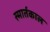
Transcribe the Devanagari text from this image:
स्मार्तकाल